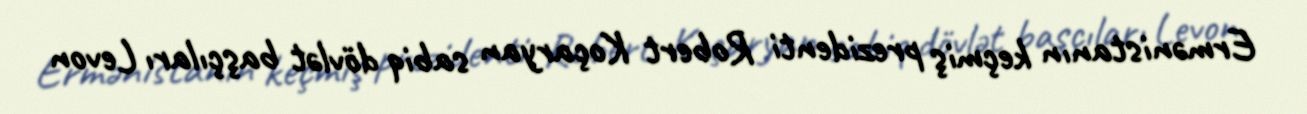
Ermənistanın keçmiş prezidenti Robert Koçaryan sabiq dövlət başçıları Levon